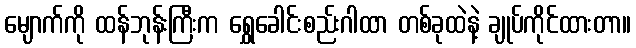
မျောက်ကို ထန်ဘုန်းကြီးက ရွှေခေါင်းစည်းဂါထာ တစ်ခုထဲနဲ့ ချုပ်ကိုင်ထားတာ။